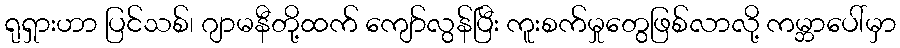
ရုရှားဟာ ပြင်သစ်၊ ဂျာမနီတို့ထက် ကျော်လွန်ပြီး ကူးစက်မှုတွေဖြစ်လာလို့ ကမ္ဘာပေါ်မှာ